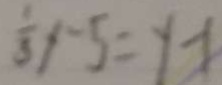
\frac { 1 } { 3 } y - 5 = y - 1